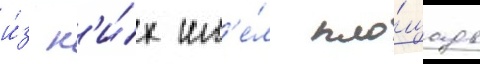
и́з н'и́х им'е́л пло́щадь